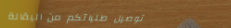
توصيل طلباتكم من البقالة